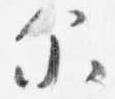
示